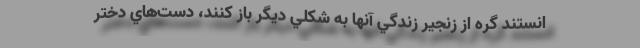
انستند گره از زنجير زندگي آنها به شكلي ديگر باز كنند، دست‌هاي دختر